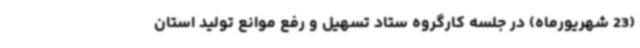
(23 شهریورماه) در جلسه کارگروه ستاد تسهیل و رفع موانع تولید استان